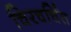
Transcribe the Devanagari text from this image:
चिरचर्चित